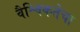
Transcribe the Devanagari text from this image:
वैश्विकतेचा